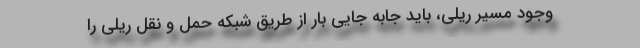
وجود مسیر ریلی، باید جابه جایی بار از طریق شبکه حمل و نقل ریلی را